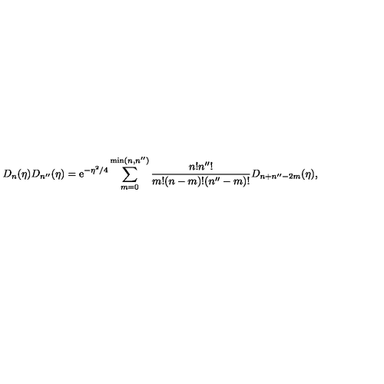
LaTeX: D _ { n } ( \eta ) D _ { n ^ { \prime \prime } } ( \eta ) = \mathrm { e } ^ { - \eta ^ { 2 } / 4 } \sum _ { m = 0 } ^ { \mathrm { m i n } ( n , n ^ { \prime \prime } ) } \frac { n ! n ^ { \prime \prime } ! } { m ! ( n - m ) ! ( n ^ { \prime \prime } - m ) ! } D _ { n + n ^ { \prime \prime } - 2 m } ( \eta ) ,